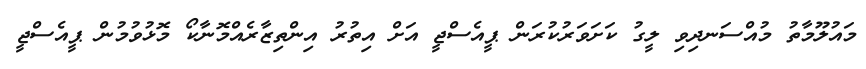
މައުލޫމާތު މުއްސަނދިވި ލީގު ކަށަވަރުކުރަން ޕީއެސްޖީ އަށް އިތުރު އިންތިޒާރެއްމޮނާކޯ މޮޅުވުމުން ޕީއެސްޖީ